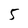
Character: 5